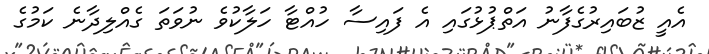
އެއީ ޒުބައިރުގެފާނު އަތްޕުޅުގައި އެ ފައިސާ ހުއްޓާ ހަލާކުވެ ނުވަތަ ގެއްލިދާނެ ކަމުގެ